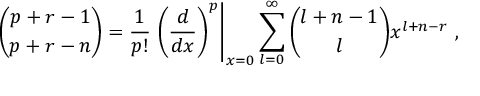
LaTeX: { \binom { p + r - 1 } { p + r - n } } = { \frac { 1 } { p ! } } \left. { \left( { \frac { d } { d x } } \right) ^ { p } } \right\vert _ { x = 0 } \sum _ { l = 0 } ^ { \infty } { \binom { l + n - 1 } { l } } x ^ { l + n - r } \ ,